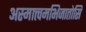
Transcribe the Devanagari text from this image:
अस्मात्त्वमभिजातोसि